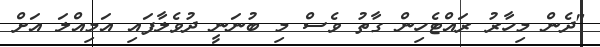
"ދެން މިހާރު ރައްޓެހިން ގާތު ވެސް މި ބުނަނީ ދުވެލާފައި އަމިއްލަ އަށް